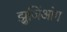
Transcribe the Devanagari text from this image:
झुजिंआंग